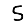
Digit: 5